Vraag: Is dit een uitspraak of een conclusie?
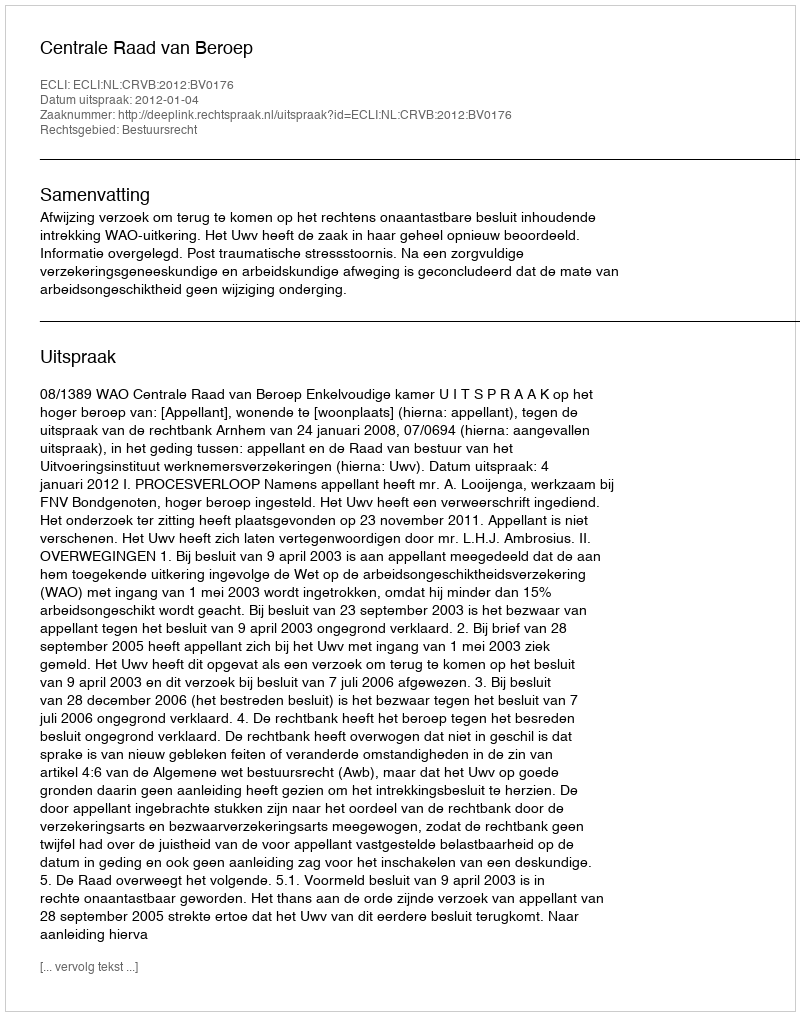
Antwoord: Uitspraak